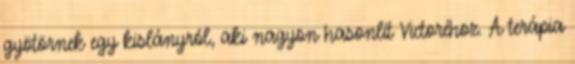
gyötörnek egy kislányról, aki nagyon hasonlít Victoréhoz. A terápia